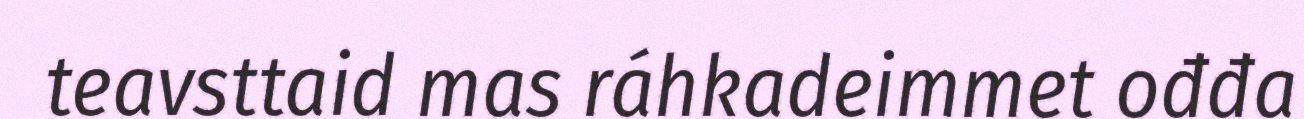
teavsttaid mas ráhkadeimmet ođđa